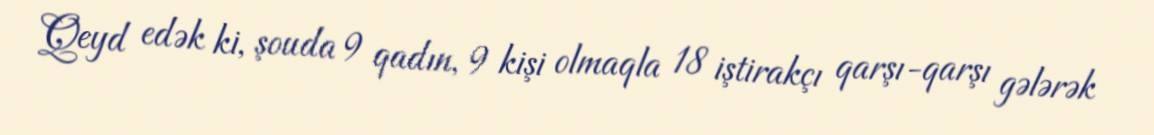
Qeyd edək ki, şouda 9 qadın, 9 kişi olmaqla 18 iştirakçı qarşı-qarşı gələrək